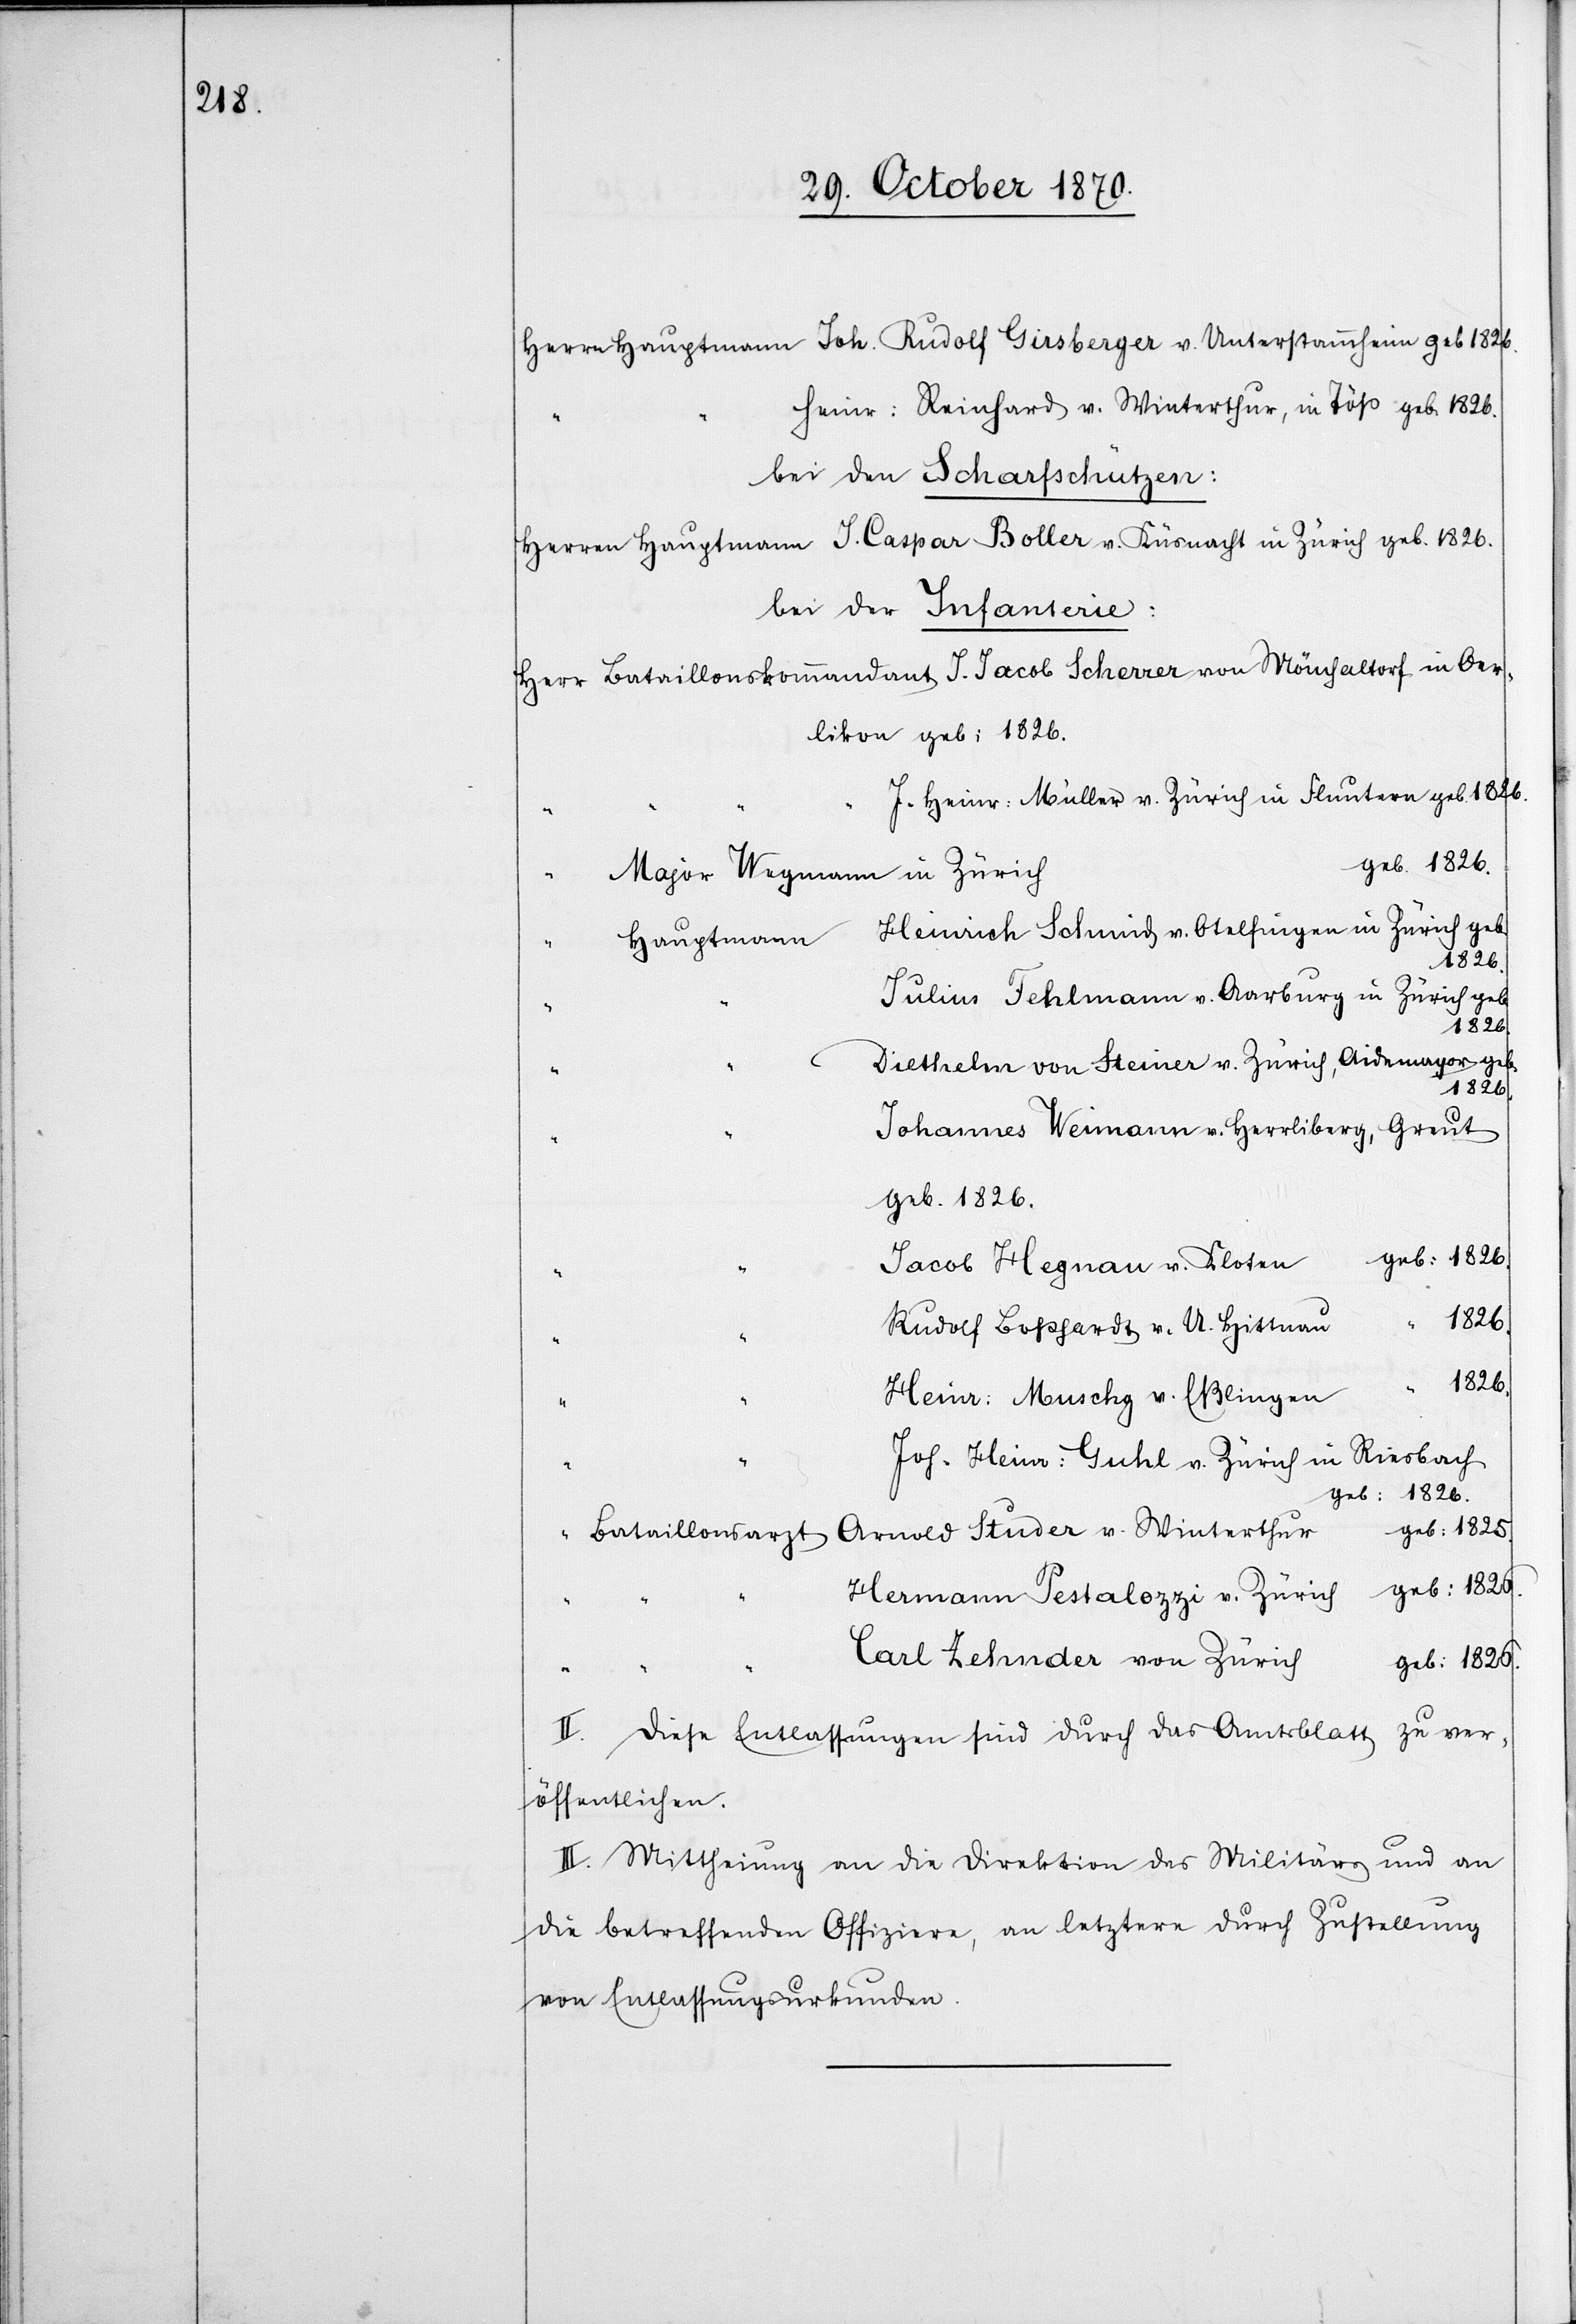
Herren Hauptagenten Joh. Rudolf Ginsberger v. Unterstammheim geb. 1826.
Heinr: Reinhard v. Winterthur, in Töß geb. 1826.
bei den Scharfschützen:
Herren Hauptmann J. Caspar Boller v. Küsnacht in Zürich geb. 1826.
bei der Infanterie:
Herr Bataillonskommandant J. Jacob Scherrer von Mönchaltorf in Oer¬
likon geb: 1826
J. Heinr: Müller v. Zürich in Fluntern geb. 1826.
in Zürich
Major Wegmann
Heinrich Schmid v. Otelfingen in Zürich geb.
Hauptmann
Julius Fehlmann v. Aarburg in Zürich geb.
Diethelm von Steiner v. Zürich, Aidemayor geb.
1826.
Johannes Weimann-Herrliberg, Greut
geb. 1826.
Jacob Hegnau v. Kloten
1826.
“
Rudolf Boßhardt v. U. Hittnau
1826.
Heinr: Muschg v. Esslingen
Joh. Heinr: Guhl v. Zürich in Riesbach
geb: 1825.
geb. 1826.
Bataillonsarzt Arnold Studer v. Winterthur
Hermann Pestalozzi v. Zürich geb: 1826.
Carl Zehnder von Zürich
geb: 1826.
zu ver¬
II. Diese Entlassungen sind durch das Amtsblatt
öffentlichen.
III. Mitthei[l]ung an die Direktion des Militärs und an
die betreffenden Offiziere, an letztere durch Zustellung
von Entlassungsurkunden.